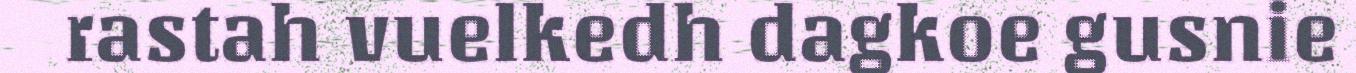
rastah vuelkedh dagkoe gusnie